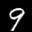
Label: 9